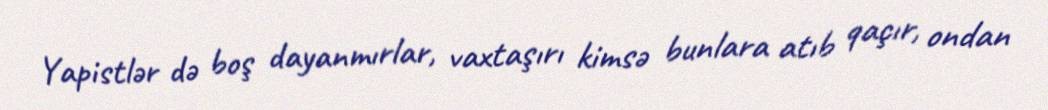
Yapistlər də boş dayanmırlar, vaxtaşırı kimsə bunlara atıb qaçır, ondan